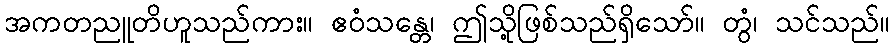
အကတညူတိဟူသည်ကား။ ဧဝံသန္တေ၊ ဤသို့ဖြစ်သည်ရှိသော်။ တွံ၊ သင်သည်။